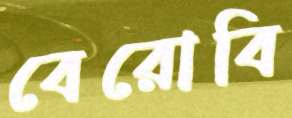
বেরোবি